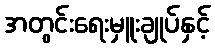
အတွင်းရေးမှူးချုပ်နှင့်